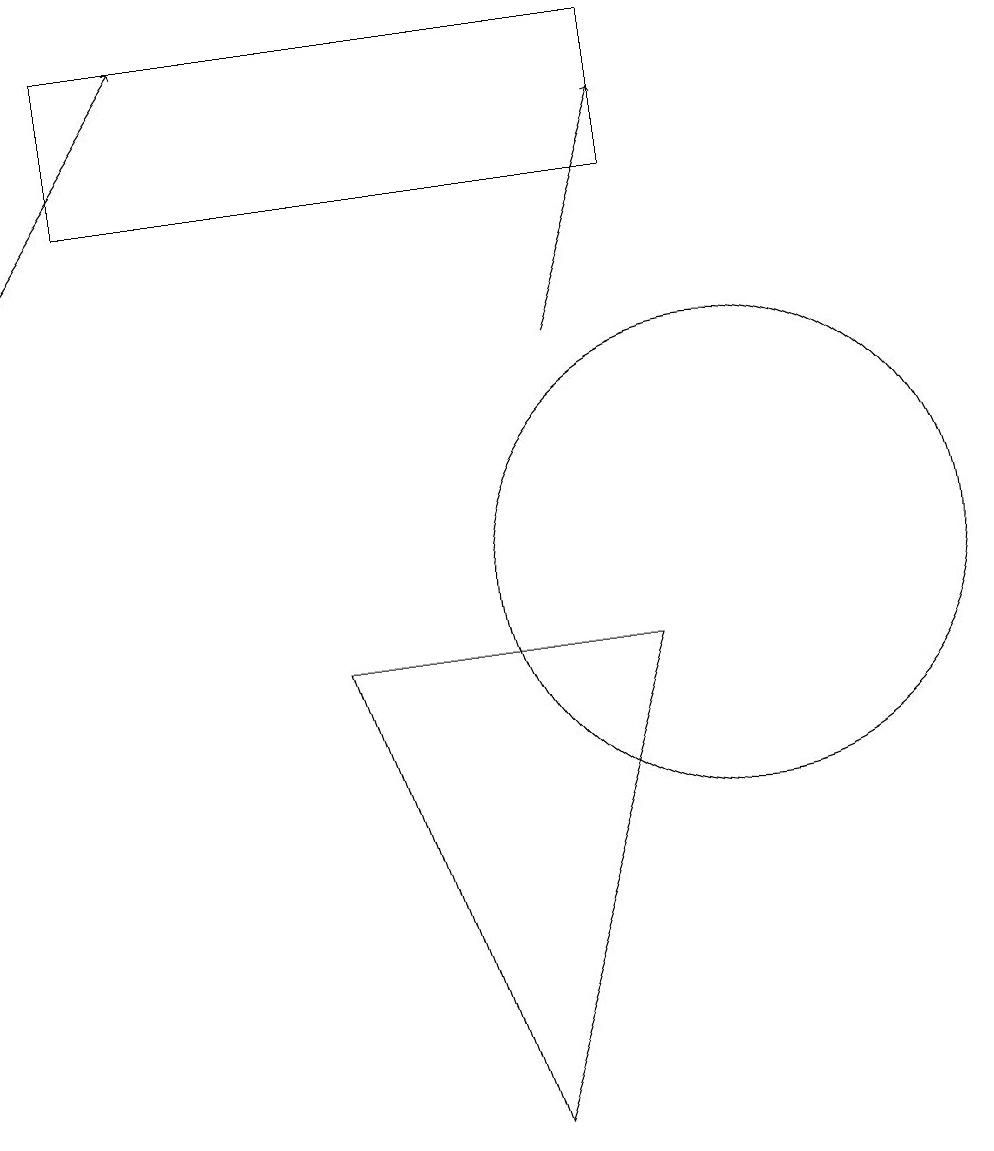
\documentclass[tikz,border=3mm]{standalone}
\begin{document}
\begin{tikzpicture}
\draw (7,3) -- (5,9) -- (9,9) -- cycle;
\draw[->] (8,13) -- (9,16);
\draw[->] (1,14) -- (3,17);
\draw (10,10) circle (3);
\draw (9,17) rectangle (2,15);
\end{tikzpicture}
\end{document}